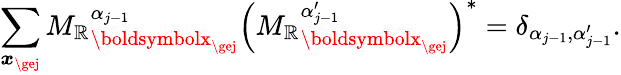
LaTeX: \sum_{\boldsymbol{x}_{\gej}}{M_{\mathbb{R}}}_{\boldsymbolx_{\gej}}^{\alpha_{j-1}}\left({M_{\mathbb{R}}}_{\boldsymbolx_{\gej}}^{\alpha_{j-1}^{\prime}}\right)^{*}=\delta_{\alpha_{j-1},\alpha_{j-1}^{\prime}}.